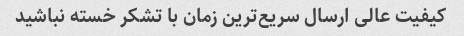
کیفیت عالی ارسال سریع‌ترین زمان با تشکر خسته نباشید